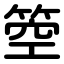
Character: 箜